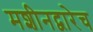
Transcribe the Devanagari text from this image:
मशीनद्वारेच